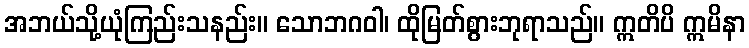
အဘယ်သို့ယုံကြည်းသနည်း။ သောဘဂဝါ၊ ထိုမြတ်စွားဘုရာသည်။ ဣတိပိ ဣမိနာ